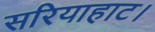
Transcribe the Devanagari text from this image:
सरियाहाट।